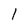
Character: I